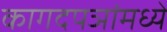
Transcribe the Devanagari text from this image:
कागदपञांमध्ये